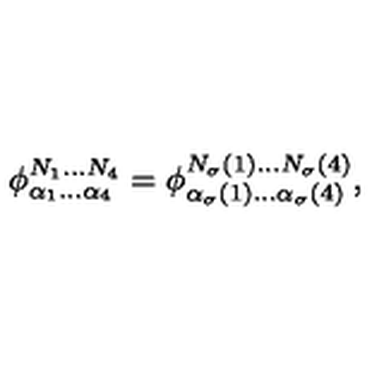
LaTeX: \phi _ { \alpha _ { 1 } \ldots \alpha _ { 4 } } ^ { N _ { 1 } \ldots N _ { 4 } } = \phi _ { \alpha _ { \sigma } ( 1 ) \ldots \alpha _ { \sigma } ( 4 ) } ^ { N _ { \sigma } ( 1 ) \ldots N _ { \sigma } ( 4 ) } ,